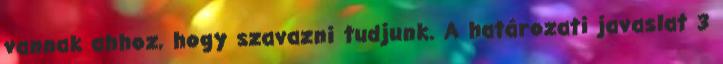
vannak ahhoz, hogy szavazni tudjunk. A határozati javaslat 3